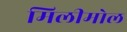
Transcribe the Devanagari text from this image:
मिलीमोल